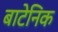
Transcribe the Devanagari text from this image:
बाटेनिक